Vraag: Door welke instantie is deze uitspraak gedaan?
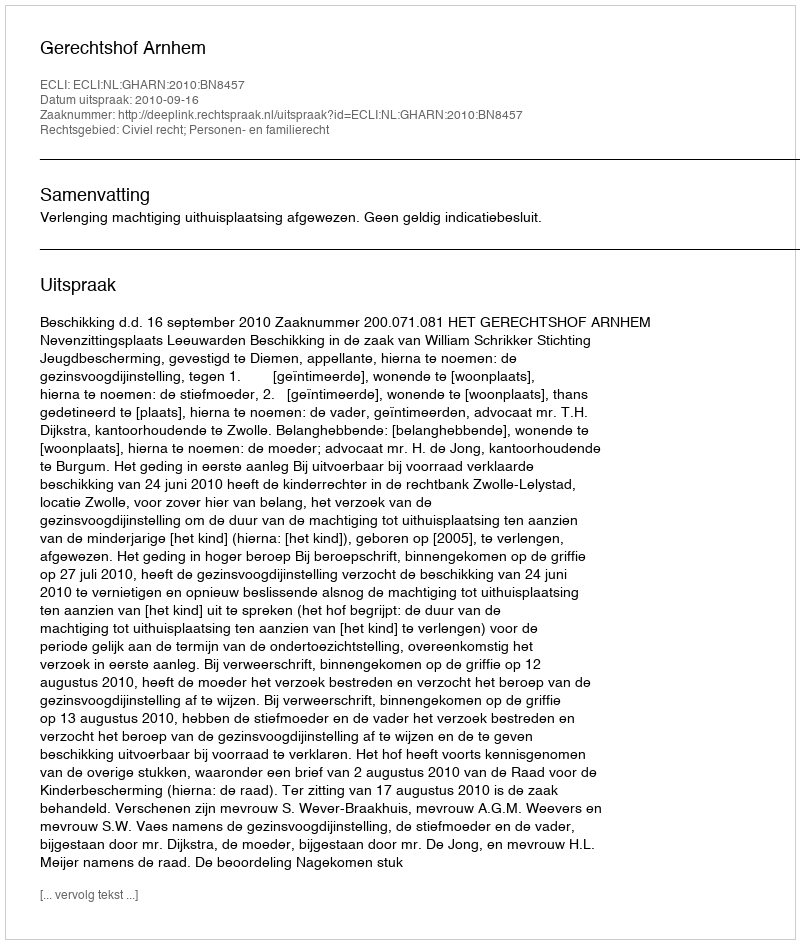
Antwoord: Gerechtshof Arnhem